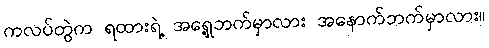
ကလပ်တွဲက ရထားရဲ့ အရှေ့ဘက်မှာလား အနောက်ဘက်မှာလား။